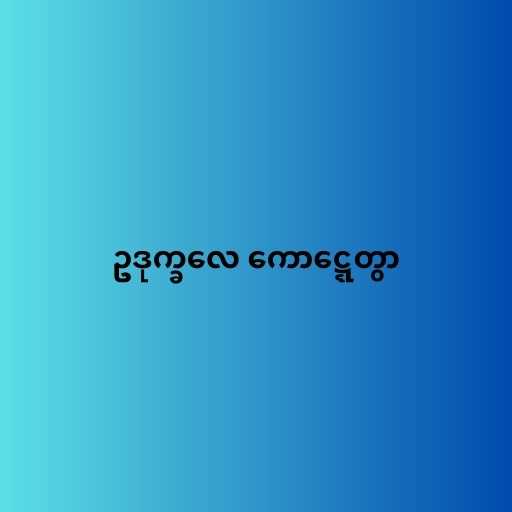
ဥဒုက္ခလေ ကောဋ္ဋေတွာ